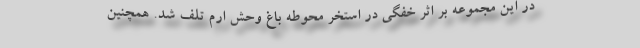
در این مجموعه بر اثر خفگی در استخر محوطه باغ وحش ارم تلف شد. همچنین